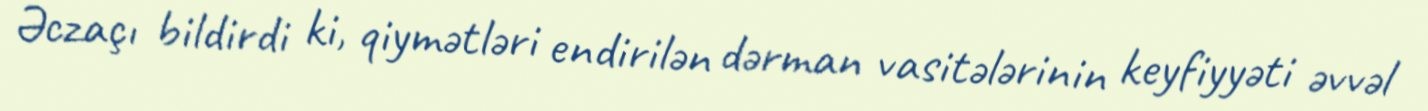
Əczaçı bildirdi ki, qiymətləri endirilən dərman vasitələrinin keyfiyyəti əvvəl